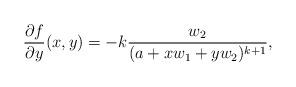
LaTeX: \begin{align*}\frac{\partial f}{\partial y}(x,y)=-k\frac{w_2}{(a+xw_1+yw_2)^{k+1}},\end{align*}